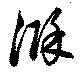
滁